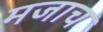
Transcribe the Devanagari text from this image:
मजाच